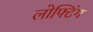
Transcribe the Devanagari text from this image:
लोफ्टिंग